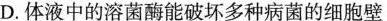
D.体液中的溶菌酶能破坏多种病菌的细胞壁